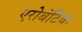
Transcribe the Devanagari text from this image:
एरोबॅटिक